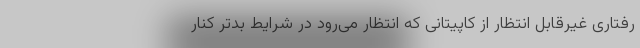
رفتاری غیرقابل انتظار از کاپیتانی که انتظار می‌رود در شرایط بدتر کنار